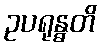
ဥပရုန္ဓတိ